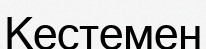
Кестемен